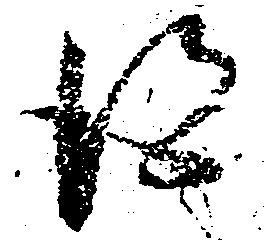
得